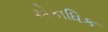
એકાધિક